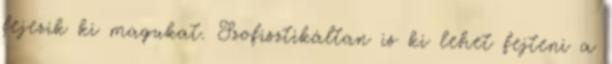
fejezik ki magukat. Szofisztikáltan is ki lehet fejteni a